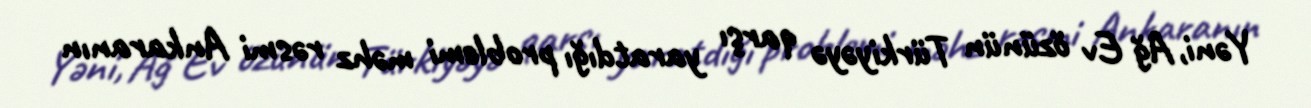
Yəni, Ağ Ev özünün Türkiyəyə qarşı yaratdığı problemi məhz rəsmi Ankaranın